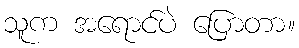
သူက အရောင်ပဲ ပြောတာ။